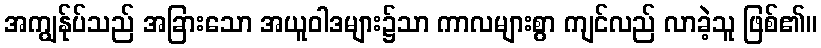
အကျွန်ုပ်သည် အခြားသော အယူဝါဒများ၌သာ ကာလများစွာ ကျင်လည် လာခဲ့သူ ဖြစ်၏။